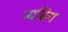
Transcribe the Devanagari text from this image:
न्यब्रिग